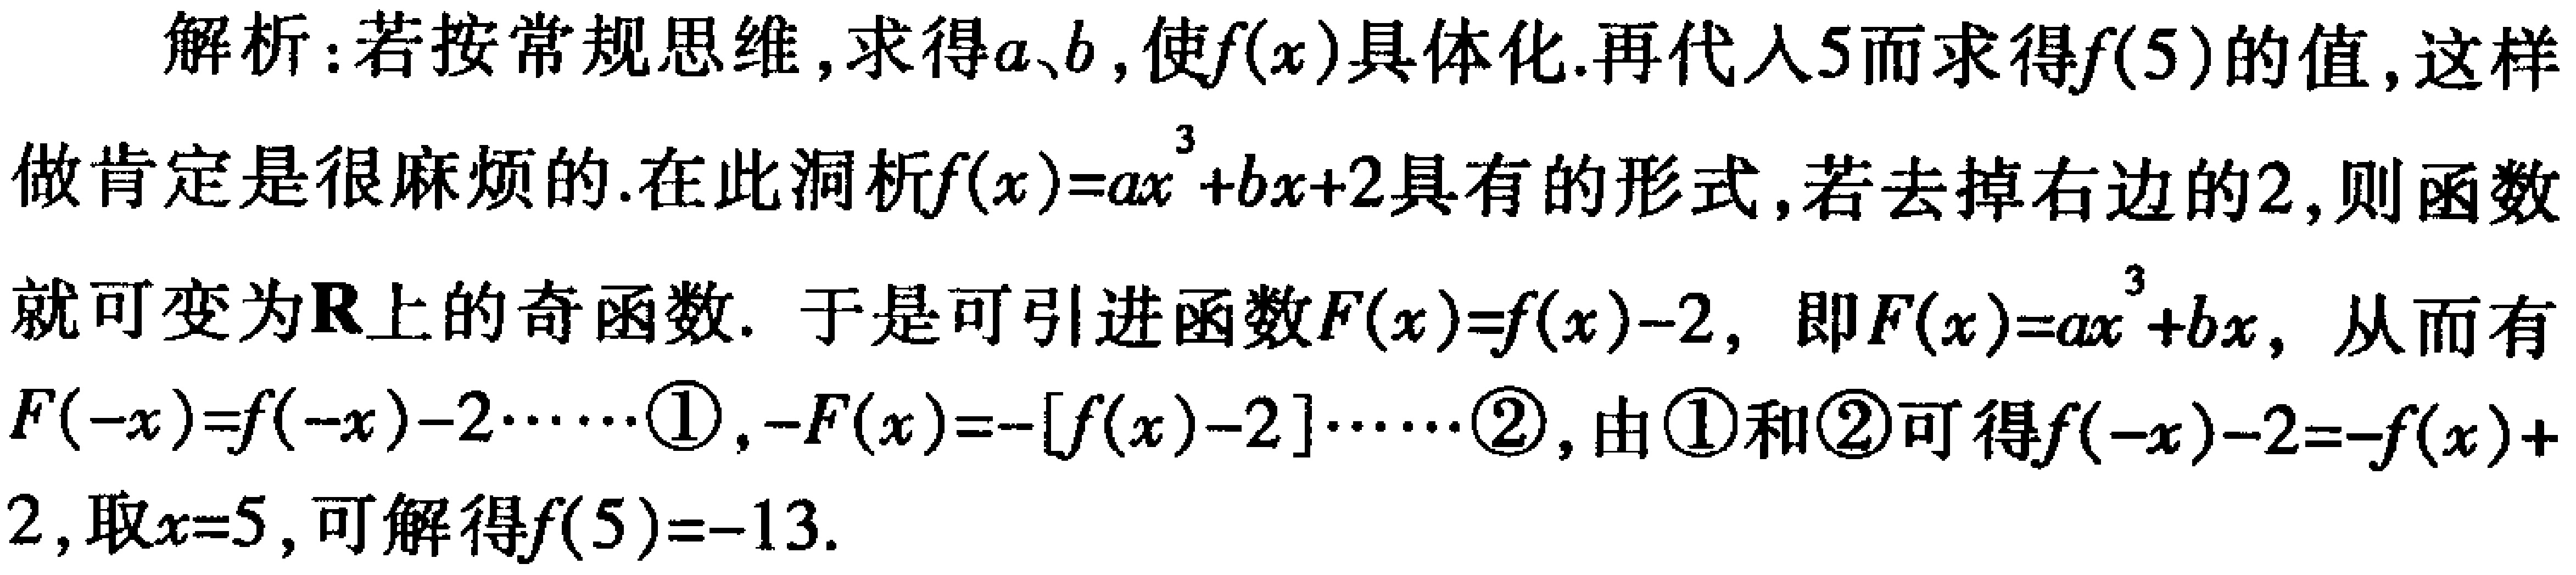
解析：若按常规思维，求得\(a\)、\(b\)，使\(f(x)\)具体化.再代入\(5\)而求得\(f(5)\)的值，这样做肯定是很麻烦的.在此洞析\(f(x)=ax^{3}+bx + 2\)具有的形式，若去掉右边的\(2\)，则函数就可变为\(\mathbb{R}\)上的奇函数. 于是可引进函数\(F(x)=f(x)-2\)，即\(F(x)=ax^{3}+bx\)，从而有\(F(-x)=f(-x)-2\cdots\cdots\textcircled{1}\)，\(-F(x)=-[f(x)-2]\cdots\cdots\textcircled{2}\)，由\(\textcircled{1}\)和\(\textcircled{2}\)可得\(f(-x)-2=-f(x)+2\)，取\(x = 5\)，可解得\(f(5)=-13\).